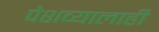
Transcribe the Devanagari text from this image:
पेशव्यालाही